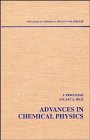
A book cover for Advances in Chemical Physics, Vol. 91; Science & Math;